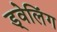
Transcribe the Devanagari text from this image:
ड्वेलिंग